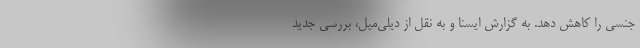
جنسی را کاهش دهد. به گزارش ایسنا و به نقل از دیلی‌میل، بررسی جدید